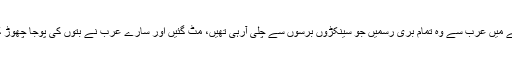
لیکن اللہ کی قدرت دیکھو کہ اس عرصے میں عرب سے وہ تمام بری رسمیں جو سینکڑوں برسوں سے چلی آرہی تھیں، مٹ گئیں اور سارے عرب نے بتوں کی پوجا چھوڑ کے سچے خدا کے سامنے سر جھکا دیا۔